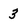
Character: 3